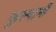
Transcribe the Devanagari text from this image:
कुल्दानी